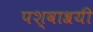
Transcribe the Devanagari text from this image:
पश्वाश्रयी